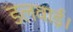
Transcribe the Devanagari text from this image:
डलवाई।